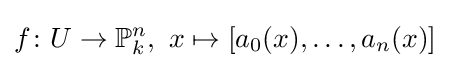
f\colon U\to \mathbb {P} _{k}^{n},\ x\mapsto [a_{0}(x),\ldots ,a_{n}(x)]